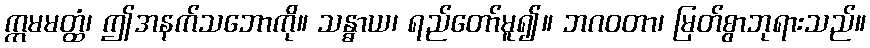
ဣမမတ္ထံ၊ ဤအနက်သဘောကို။ သန္ဓာယ၊ ရည်တော်မူ၍။ ဘဂဝတာ၊ မြတ်စွာဘုရားသည်။